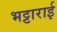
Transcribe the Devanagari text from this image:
भट्टाराई